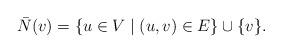
LaTeX: \begin{align*}\bar{N}(v) = \{u\in V\mid (u,v)\in E\} \cup \{v\}.\end{align*}